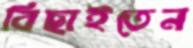
বিছাইতেন